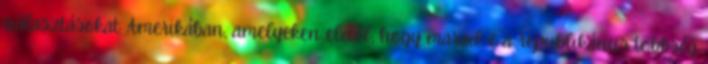
választásokat Amerikában, amelyeken eldől, hogy marad-e a republikánus többség